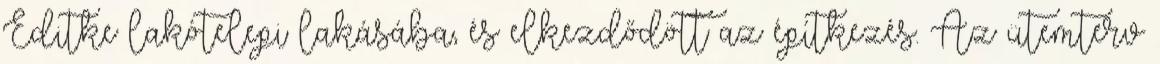
Editke lakótelepi lakásába, és elkezdődött az építkezés. Az ütemterv